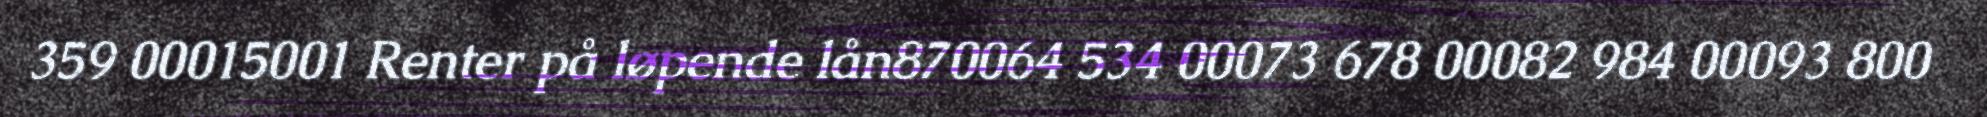
359 00015001 Renter på løpende lån870064 534 00073 678 00082 984 00093 800